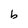
Character: b